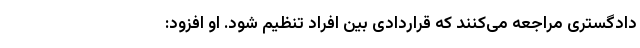
دادگستری مراجعه می‌کنند که قراردادی بین افراد تنظیم شود. او افزود: